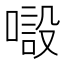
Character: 𱔒